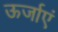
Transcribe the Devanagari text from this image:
ऊर्जाएं